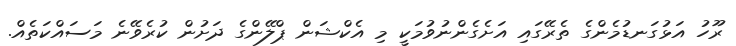
ރޫހު އަޅުގަނޑުމެންގެ ތެރޭގައި އަށެގެންނުވުމަކީ މި އެކްޝަން ޕްލޭންގެ ދަށުން ކުރެވޭނެ މަސައްކަތެއް.